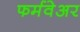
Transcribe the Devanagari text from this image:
फर्मवेअर